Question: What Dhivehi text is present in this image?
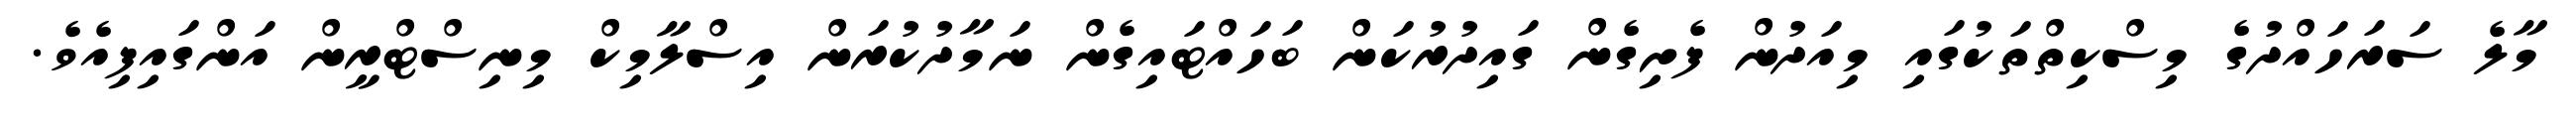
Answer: މާލެ ސަރަހައްދުގެ މިސްކިތްތަކުގައި މިއަދުން ފެށިގެން ގައިދުރުކަން ބަހައްޓައިގެން ނަމާދުކުރަން އިސްލާމިކް މިނިސްޓްރީން އަންގައިފިއެވެ.